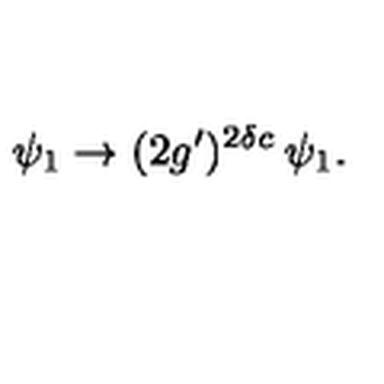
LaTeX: \psi _ { 1 } \rightarrow ( 2 g ^ { \prime } ) ^ { 2 \delta c } \: \psi _ { 1 } .